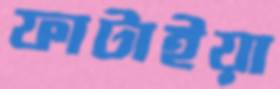
ফাটাইয়া